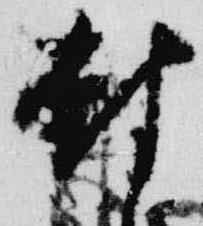
封